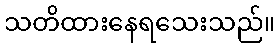
သတိထားနေရသေးသည်။